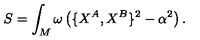
S = \int _ { M } \omega \left( \{ X ^ { A } , X ^ { B } \} ^ { 2 } - \alpha ^ { 2 } \right) .